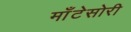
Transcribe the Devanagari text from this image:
माँटेसोरी